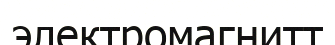
электромагнитт